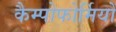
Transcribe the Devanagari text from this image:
कैम्पोफोर्मियों